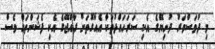
މި ދުވަސްވަރު ދުނިޔޭގެ އެކި ސަރަހައްދުތަކާ އެއްގޮތަށް ރާއްޖޭގެ އެކި ފެޝަންތައް ވެސް